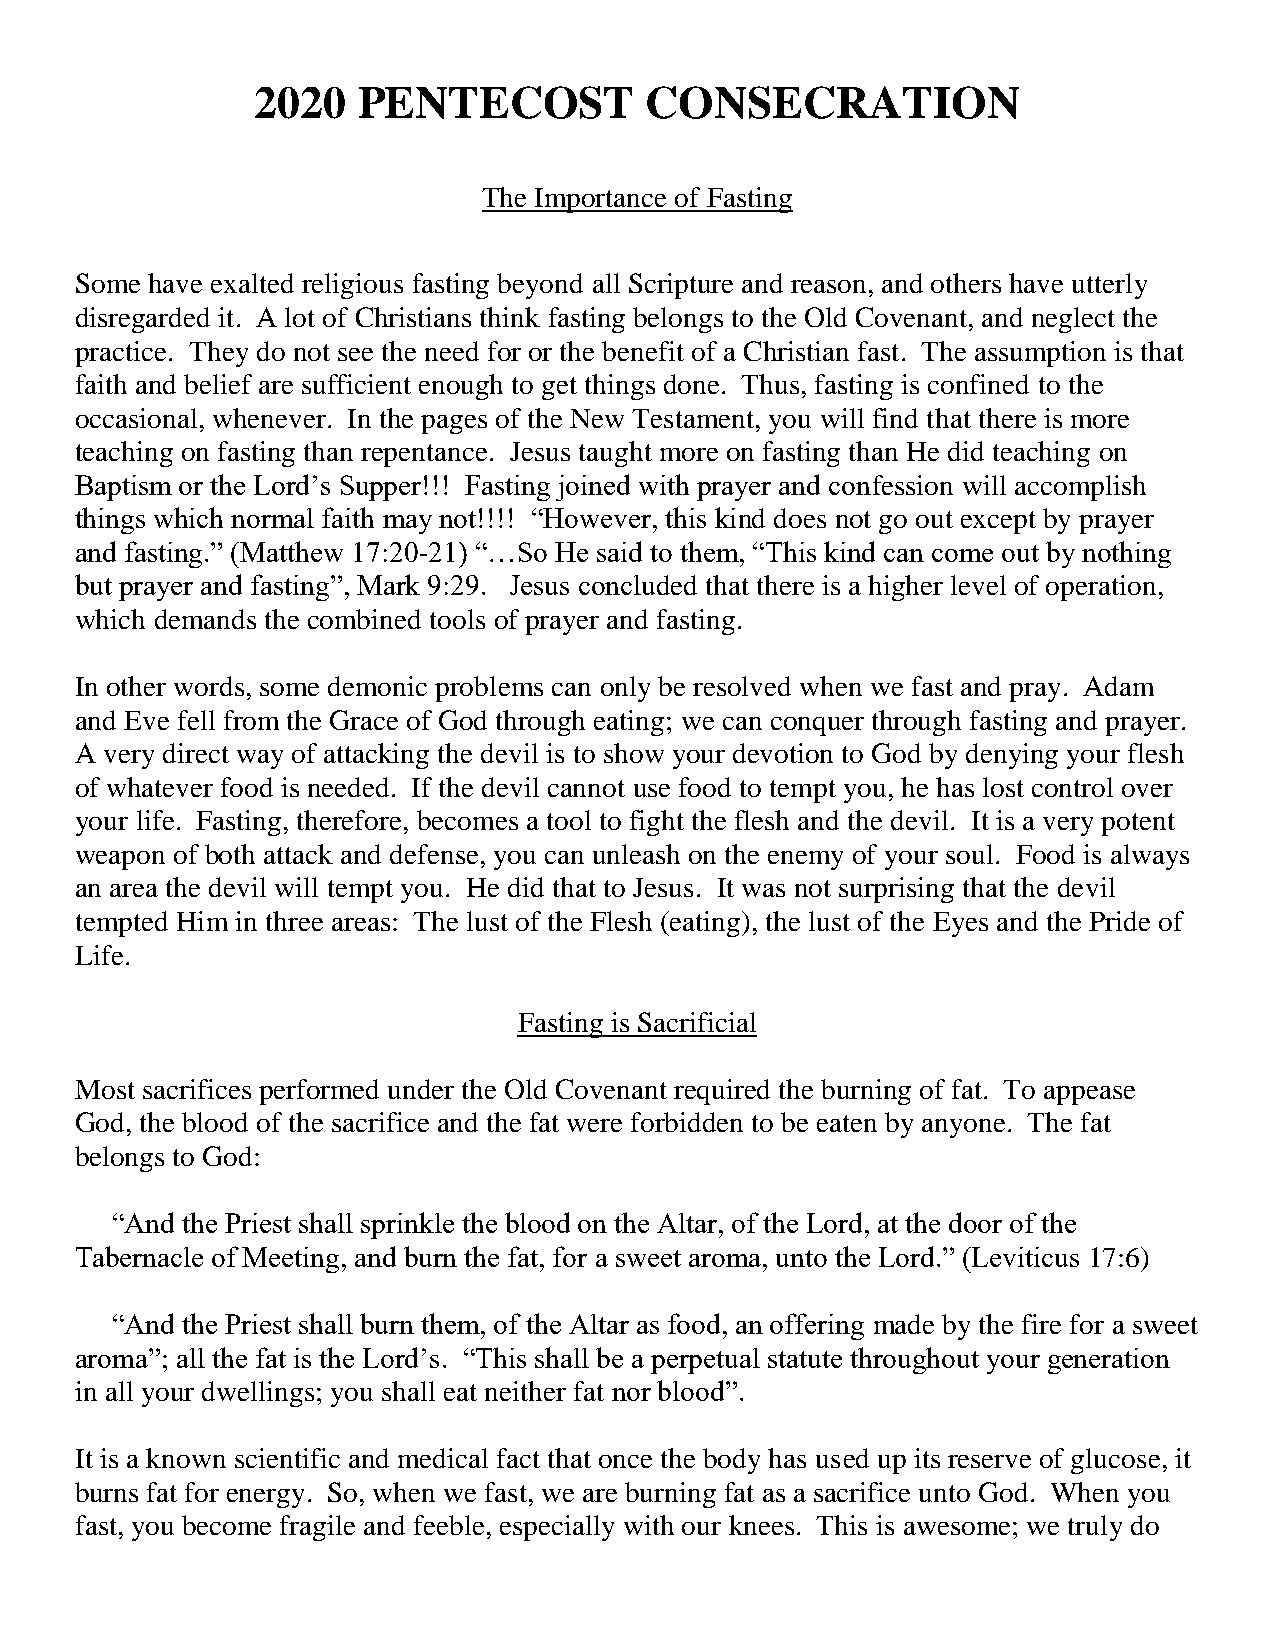
2020   PENTECOST          CONSECRATION
 The Importance of Fasting
 Some have exalted religious fasting beyond all Scripture and reason, and others have utterly
 disregarded it. A lot of Christians think fasting belongs to the Old Covenant, and neglect the
 practice. They do not see the need for or the benefit of a Christian fast. The assumption is that
 faith and belief are sufficient enough to get things done. Thus, fasting is confined to the
 occasional, whenever. In the pages of the New Testament, you will find that there is more
 teaching on fasting than repentance. Jesus taught more on fasting than He did teaching on
 Baptism or the Lord’s Supper!!! Fasting joined with prayer and confession will accomplish
 things which normal faith may not!!!! “However, this kind does not go out except by prayer
 and fasting.” (Matthew 17:20-21) “…So He said to them, “This kind can come out by nothing
 but prayer and fasting”, Mark 9:29. Jesus concluded that there is a higher level of operation,
 which demands the combined tools of prayer and fasting.
 In other words, some demonic problems can only be resolved when we fast and pray. Adam
 and Eve fell from the Grace of God through eating; we can conquer through fasting and prayer.
 A very direct way of attacking the devil is to show your devotion to God by denying your flesh
 of whatever food is needed. If the devil cannot use food to tempt you, he has lost control over
 your life. Fasting, therefore, becomes a tool to fight the flesh and the devil. It is a very potent
 weapon of both attack and defense, you can unleash on the enemy of your soul. Food is always
 an area the devil will tempt you. He did that to Jesus. It was not surprising that the devil
 tempted Him in three areas: The lust of the Flesh (eating), the lust of the Eyes and the Pride of
 Life.
 Fasting is Sacrificial
 Most sacrifices performed under the Old Covenant required the burning of fat. To appease
 God, the blood of the sacrifice and the fat were forbidden to be eaten by anyone. The fat
 belongs to God:
 “And the Priest shall sprinkle the blood on the Altar, of the Lord, at the door of the
 Tabernacle of Meeting, and burn the fat, for a sweet aroma, unto the Lord.” (Leviticus 17:6)
 “And the Priest shall burn them, of the Altar as food, an offering made by the fire for a sweet
 aroma”; all the fat is the Lord’s. “This shall be a perpetual statute throughout your generation
 in all your dwellings; you shall eat neither fat nor blood”.
 It is a known scientific and medical fact that once the body has used up its reserve of glucose, it
 burns fat for energy. So, when we fast, we are burning fat as a sacrifice unto God. When you
 fast, you become fragile and feeble, especially with our knees. This is awesome; we truly do